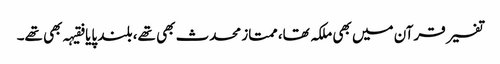
تفسیر قرآن میں بھی ملکہ تھا، ممتاز محدث بھی تھے، بلند پایا فقیہہ بھی تھے۔